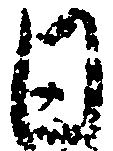
日